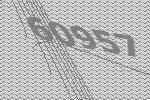
60957